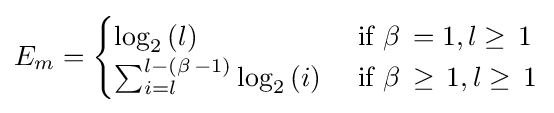
E_{m}={\begin{cases}\log _{2}\left(l\right)&{\text{ if }}\beta \,=1,l\geq \,1\\\sum _{i=l}^{l-\left(\beta \,-1\right)}\log _{2}\left(i\right)&{\text{ if }}\beta \,\geq \,1,l\geq \,1\end{cases}}